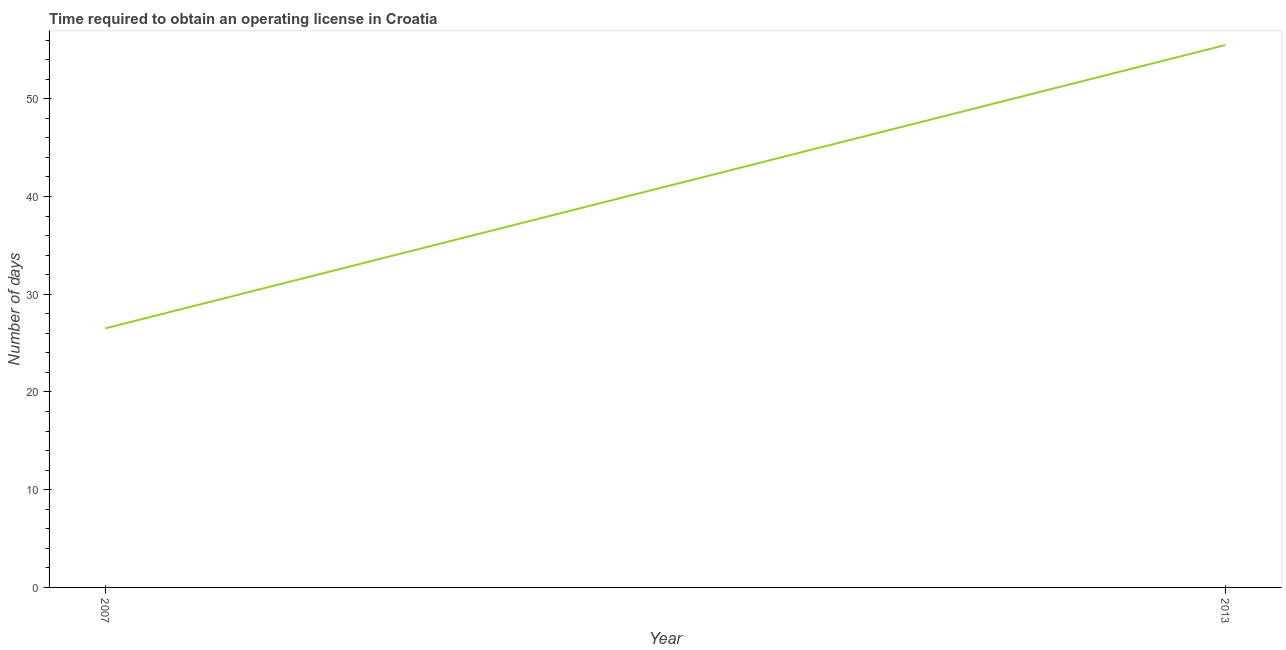
| Year | Obtain operating license |
 | --- | --- |
 | 2007 | 26.5 |
 | 2013 | 55.5 |